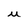
Character: u